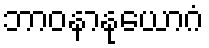
ဘာဝနာနုယောဂံ